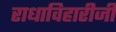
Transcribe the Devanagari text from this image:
राधाविहारीजी